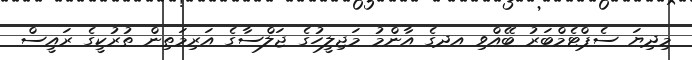
މިދިޔަ ސެޕްޓެމްބަރު ބޭއްވި އދގެ އާންމު މަޖިލީހުގެ ޖަލްސާގެ އަރިމަތިން ތުރުކީގެ ރައީސް